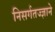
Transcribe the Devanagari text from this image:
निसर्गतज्‍ज्ञाने